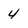
Character: 4